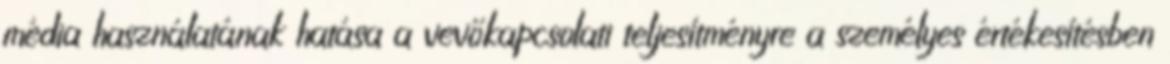
média használatának hatása a vevőkapcsolati teljesítményre a személyes értékesítésben